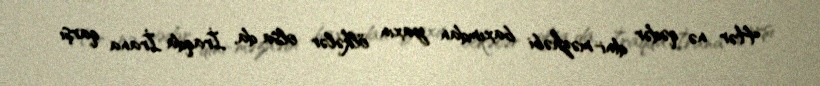
Hər nə qədər dini-məzhəbi baxımdan yaxın ölkələr olsa da, İraqda İrana qarşı